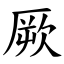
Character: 厥